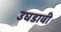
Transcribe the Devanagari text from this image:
उघडावी